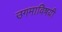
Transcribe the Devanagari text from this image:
उगमाविषयी